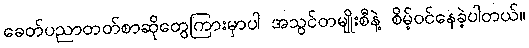
ခေတ်ပညာတတ်စာဆိုတွေကြားမှာပါ အသွင်တမျိုးစီနဲ့ စိမ့်ဝင်နေခဲ့ပါတယ်။